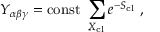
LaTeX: Y _ { \alpha \beta \gamma } = \mathrm { c o n s t } ~ \sum _ { X _ { \mathrm { c l } } } e ^ { - S _ { \mathrm { c l } } } \; ,